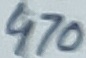
Text: 470